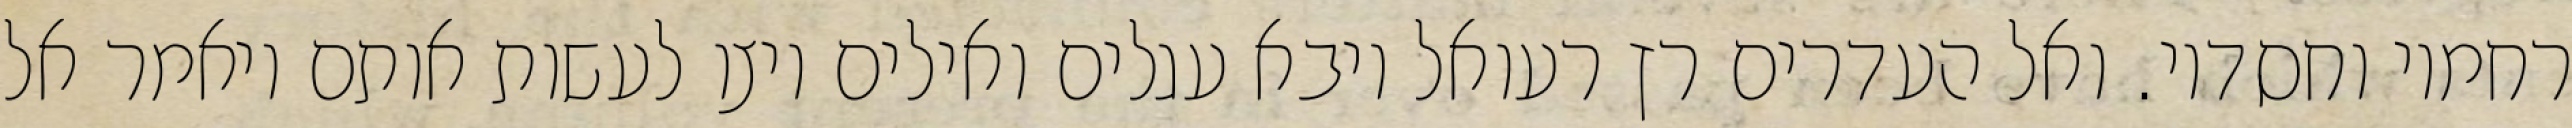
רחמיו וחסדיו. ואל העדרים רץ רעואל ויבא עגלים ואילים ויצו לעשות אותם ויאמר אל